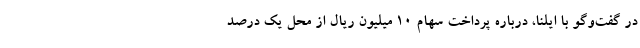
در گفت‌وگو با ایلنا، درباره پرداخت سهام ۱۰ میلیون ریال از محل یک درصد